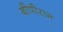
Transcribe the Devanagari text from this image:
बीपीराम